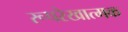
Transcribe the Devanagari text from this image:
रूपरेखात्मक